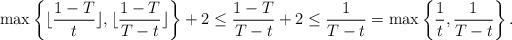
LaTeX: \begin{align*}\max \left\{\lfloor \frac{1-T}{t}\rfloor,\lfloor \frac{1-T}{T-t}\rfloor\right\}+2 \leq \frac{1-T}{T-t}+2\leq \frac{1}{T-t}=\max \left\{\frac{1}{t},\frac{1}{T-t}\right\}.\end{align*}